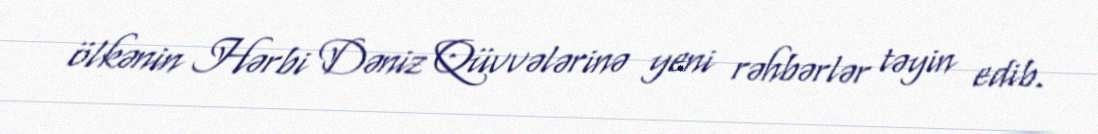
ölkənin Hərbi Dəniz Qüvvələrinə yeni rəhbərlər təyin edib.